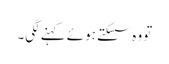
تو وہ سسکتے ہوئے کہنے لگی۔